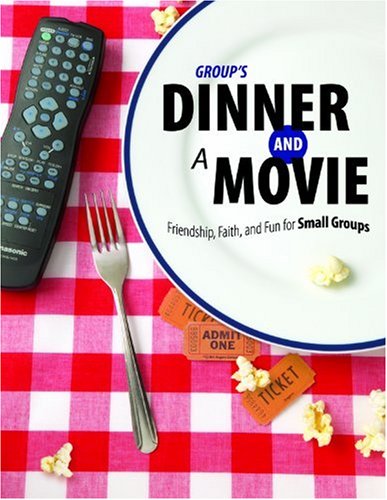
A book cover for Group's Dinner and a Movie: Friendship, Faith, and Fun for Small Groups; Cheri R. Gillard; Christian Books & Bibles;